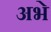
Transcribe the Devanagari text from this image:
अभे